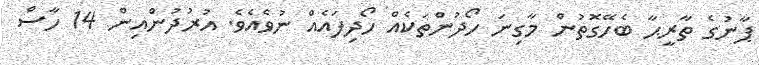
ޕާނުގެ ތާރީޙާ ބެހޭގޮތުން މާގިނަ ހޯދުންތަކެއް ހޯދިފައެއް ނުވެއެވެ. އުރުދުންއިން 14 ހާސް